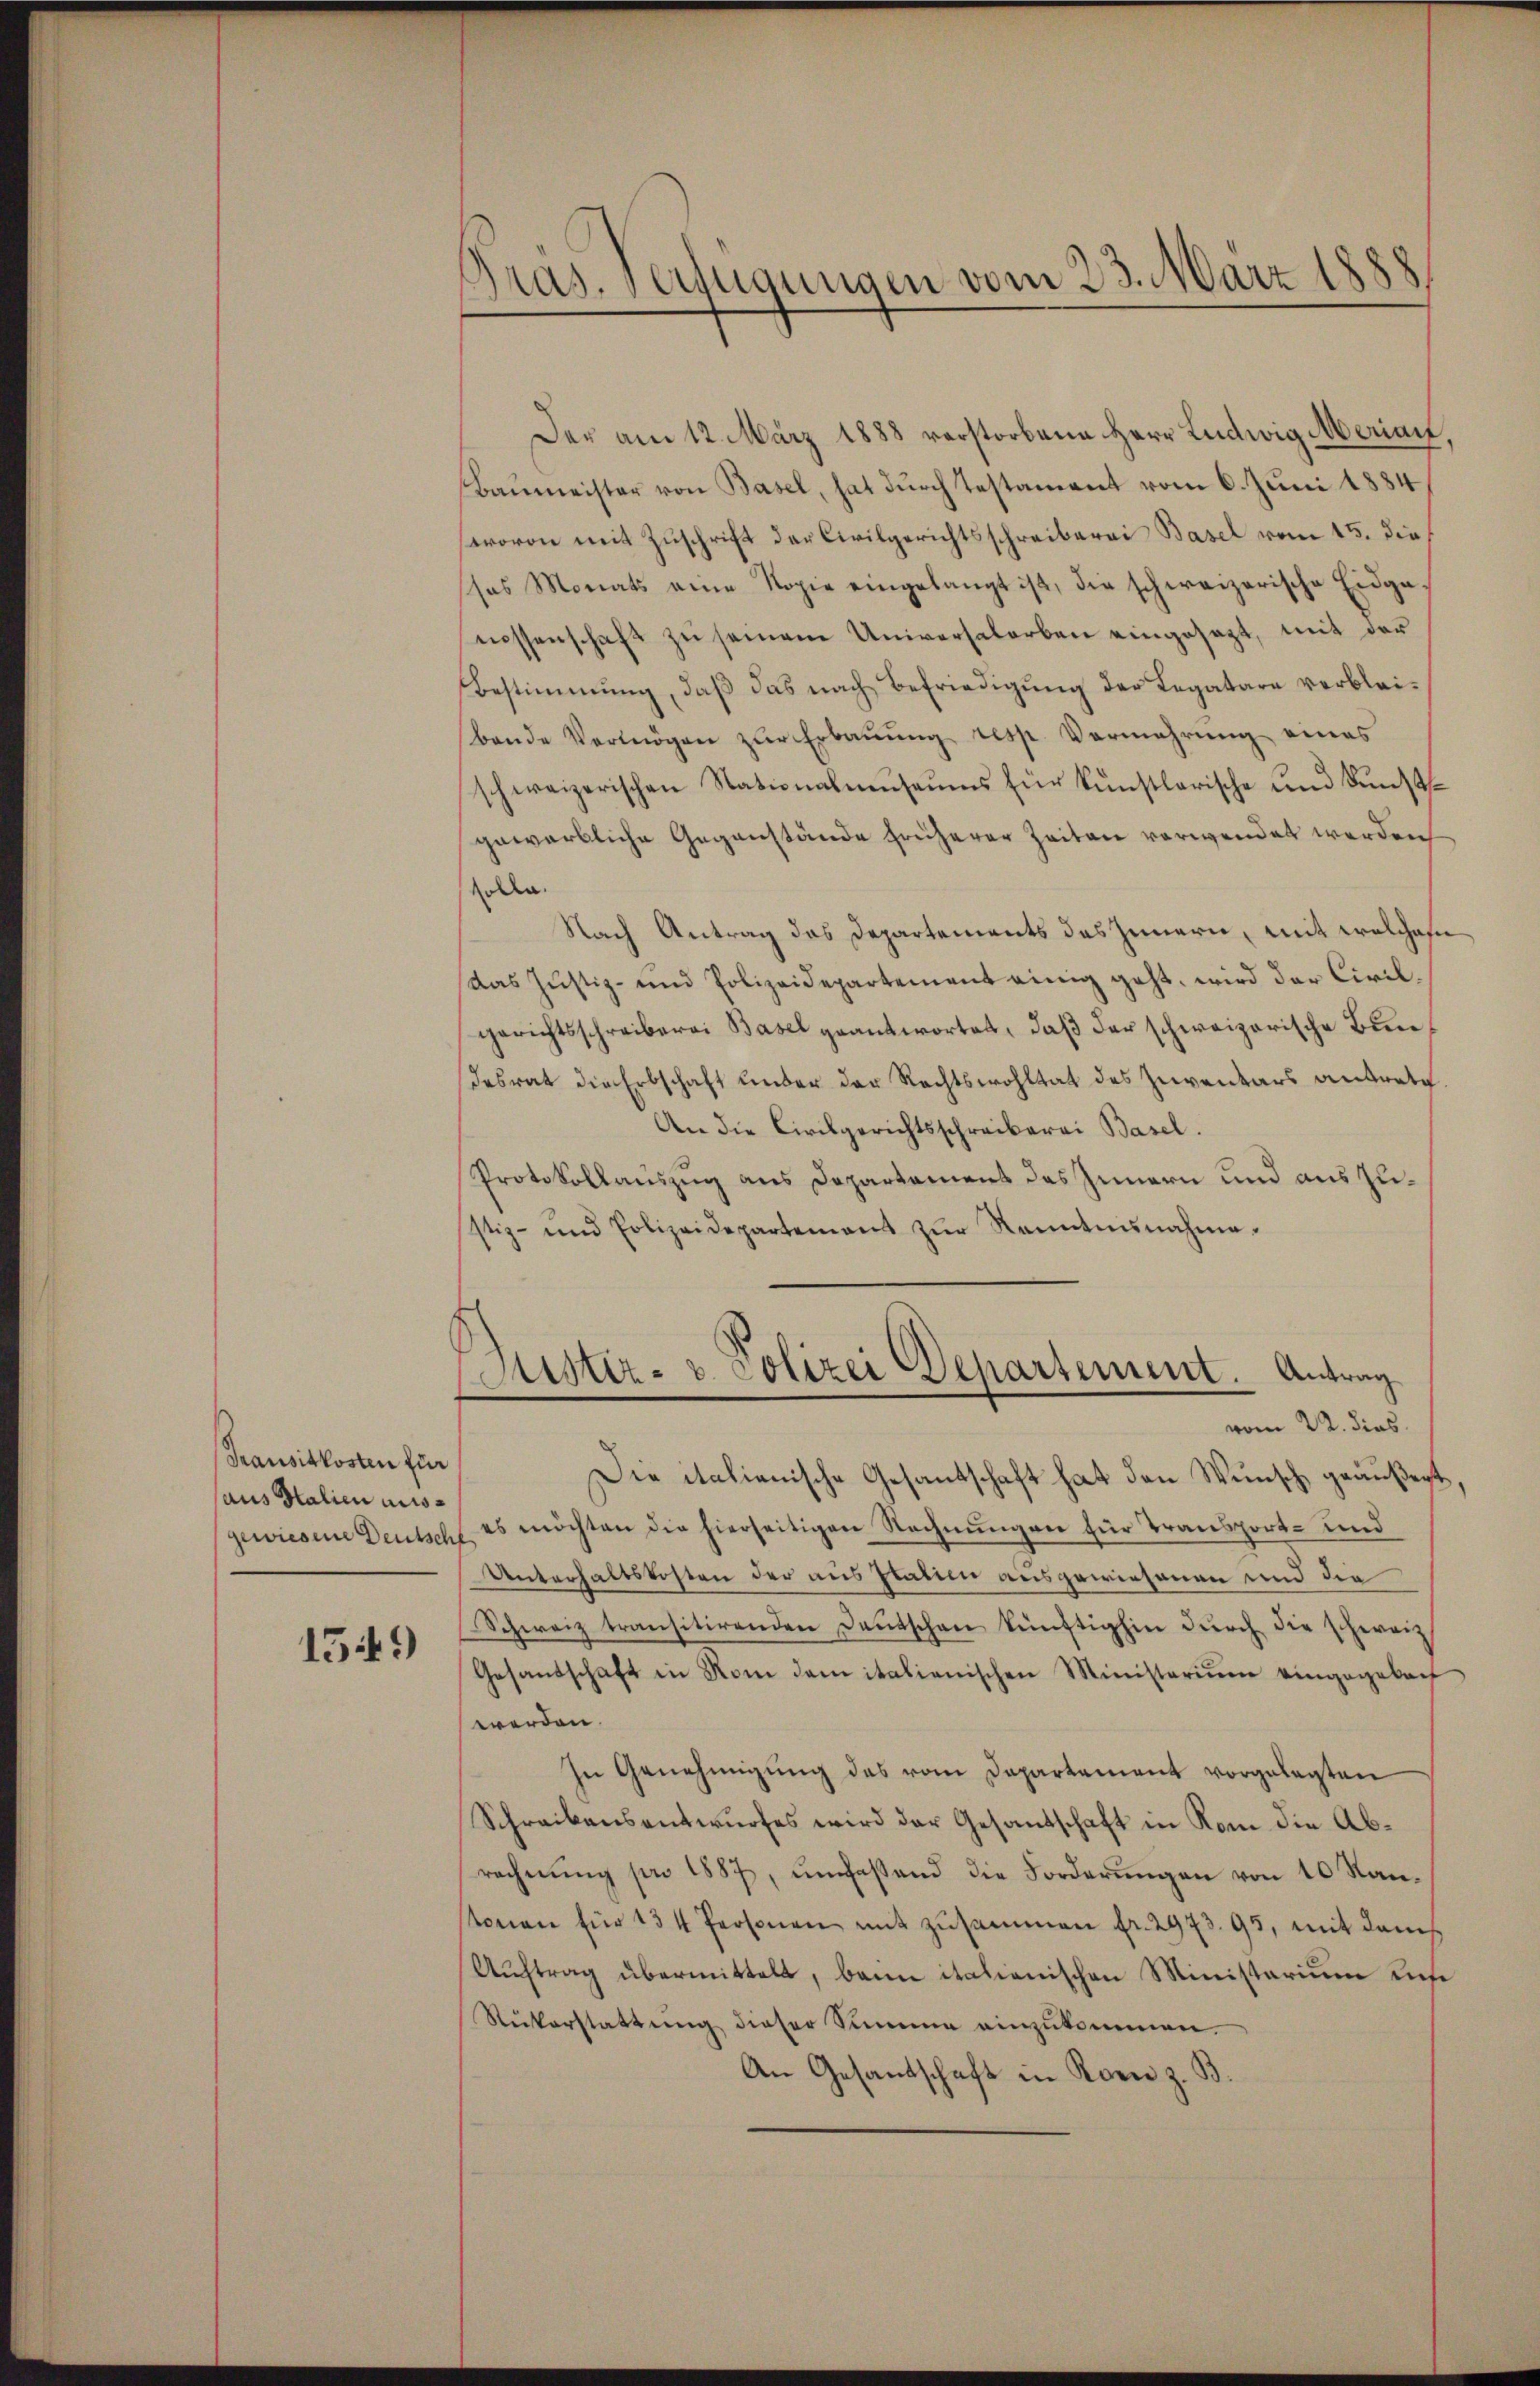
Transitkosten für
aus Salien ausgewiesene Deutsch

1549

Bras. verfügungen vom 23. März 1888

Der am 12. März 1888 verstorbene Herr Ludwig Mariant
Baumeister von Basel, hat durch Testament vom 6. Juni 1884
wovon mit Zuschrift der Civilgerichtsschreiberei Basel vom 15. die
sas Monats eine Kopie eingelangt ist, die schweizerische Eidgemessenschaft zu seinem Universalorben eingesagt, mit der
Bestimmung, daß das nach Befriedigung der Legatare verbleibande Vermögen zŭr Erbaŭŭng resp. Vermehrung eines
schweizerischen Stationalmuseums für künstlerische und Kunstgewerbliche Gegenstände früherer Zeiten verwendet werden
solen.
Nach Antrag des Departements des Innern, mit welchen
das Justiz- und Polizeidepartement einig geht, wird der Civilgerichtsschreiberei Basel geantwortet, daß der schweizerische Bundesrat die Erbschaft ander der Rechtswohltat des Inventars antrete.
An die Civilgerichtsschreiberei Basel.
Protokollauszug aus Departamens das Innern und auszustiz- und Polizeidepartement zŭr Kenntnisnahme.
tister- & Polizei Departement. Antrag
vom 22. dies
Die italienische Gesandschaft hat den Wunsch geäußert
es möchten die hierseitigen Rechnŭngen für Transport- und
Unterhaltskosten der aus statien ausgewiesenen und die
Schweiz transitirenden Deutschen künftighin dŭrch die schweiz
Gesandschaft in Rom dem italienischen Ministeriŭm eingegeben
werden.
In Genehmigung des vom Departement vorgelegten
Schreibensentwurfes wird der Gesandschaft in Rom die Abrechnung pro 1887, umfassend die Forderungen von 10 Kanstonen für 134 Personen mit zusammen fr. 2973. 95, mit dem
Auftrag übermittelt, bann italienischen Ministarium Life
Ruckerstattŭng dieser Summe einzŭkommen.
An Gesandschaft in Korn z. B.